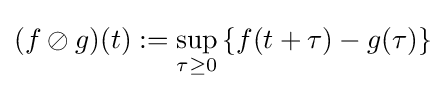
(f\oslash g)(t):=\sup _{\tau \geq 0}\left\{f(t+\tau )-g(\tau )\right\}